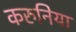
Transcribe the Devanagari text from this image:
करुनिया